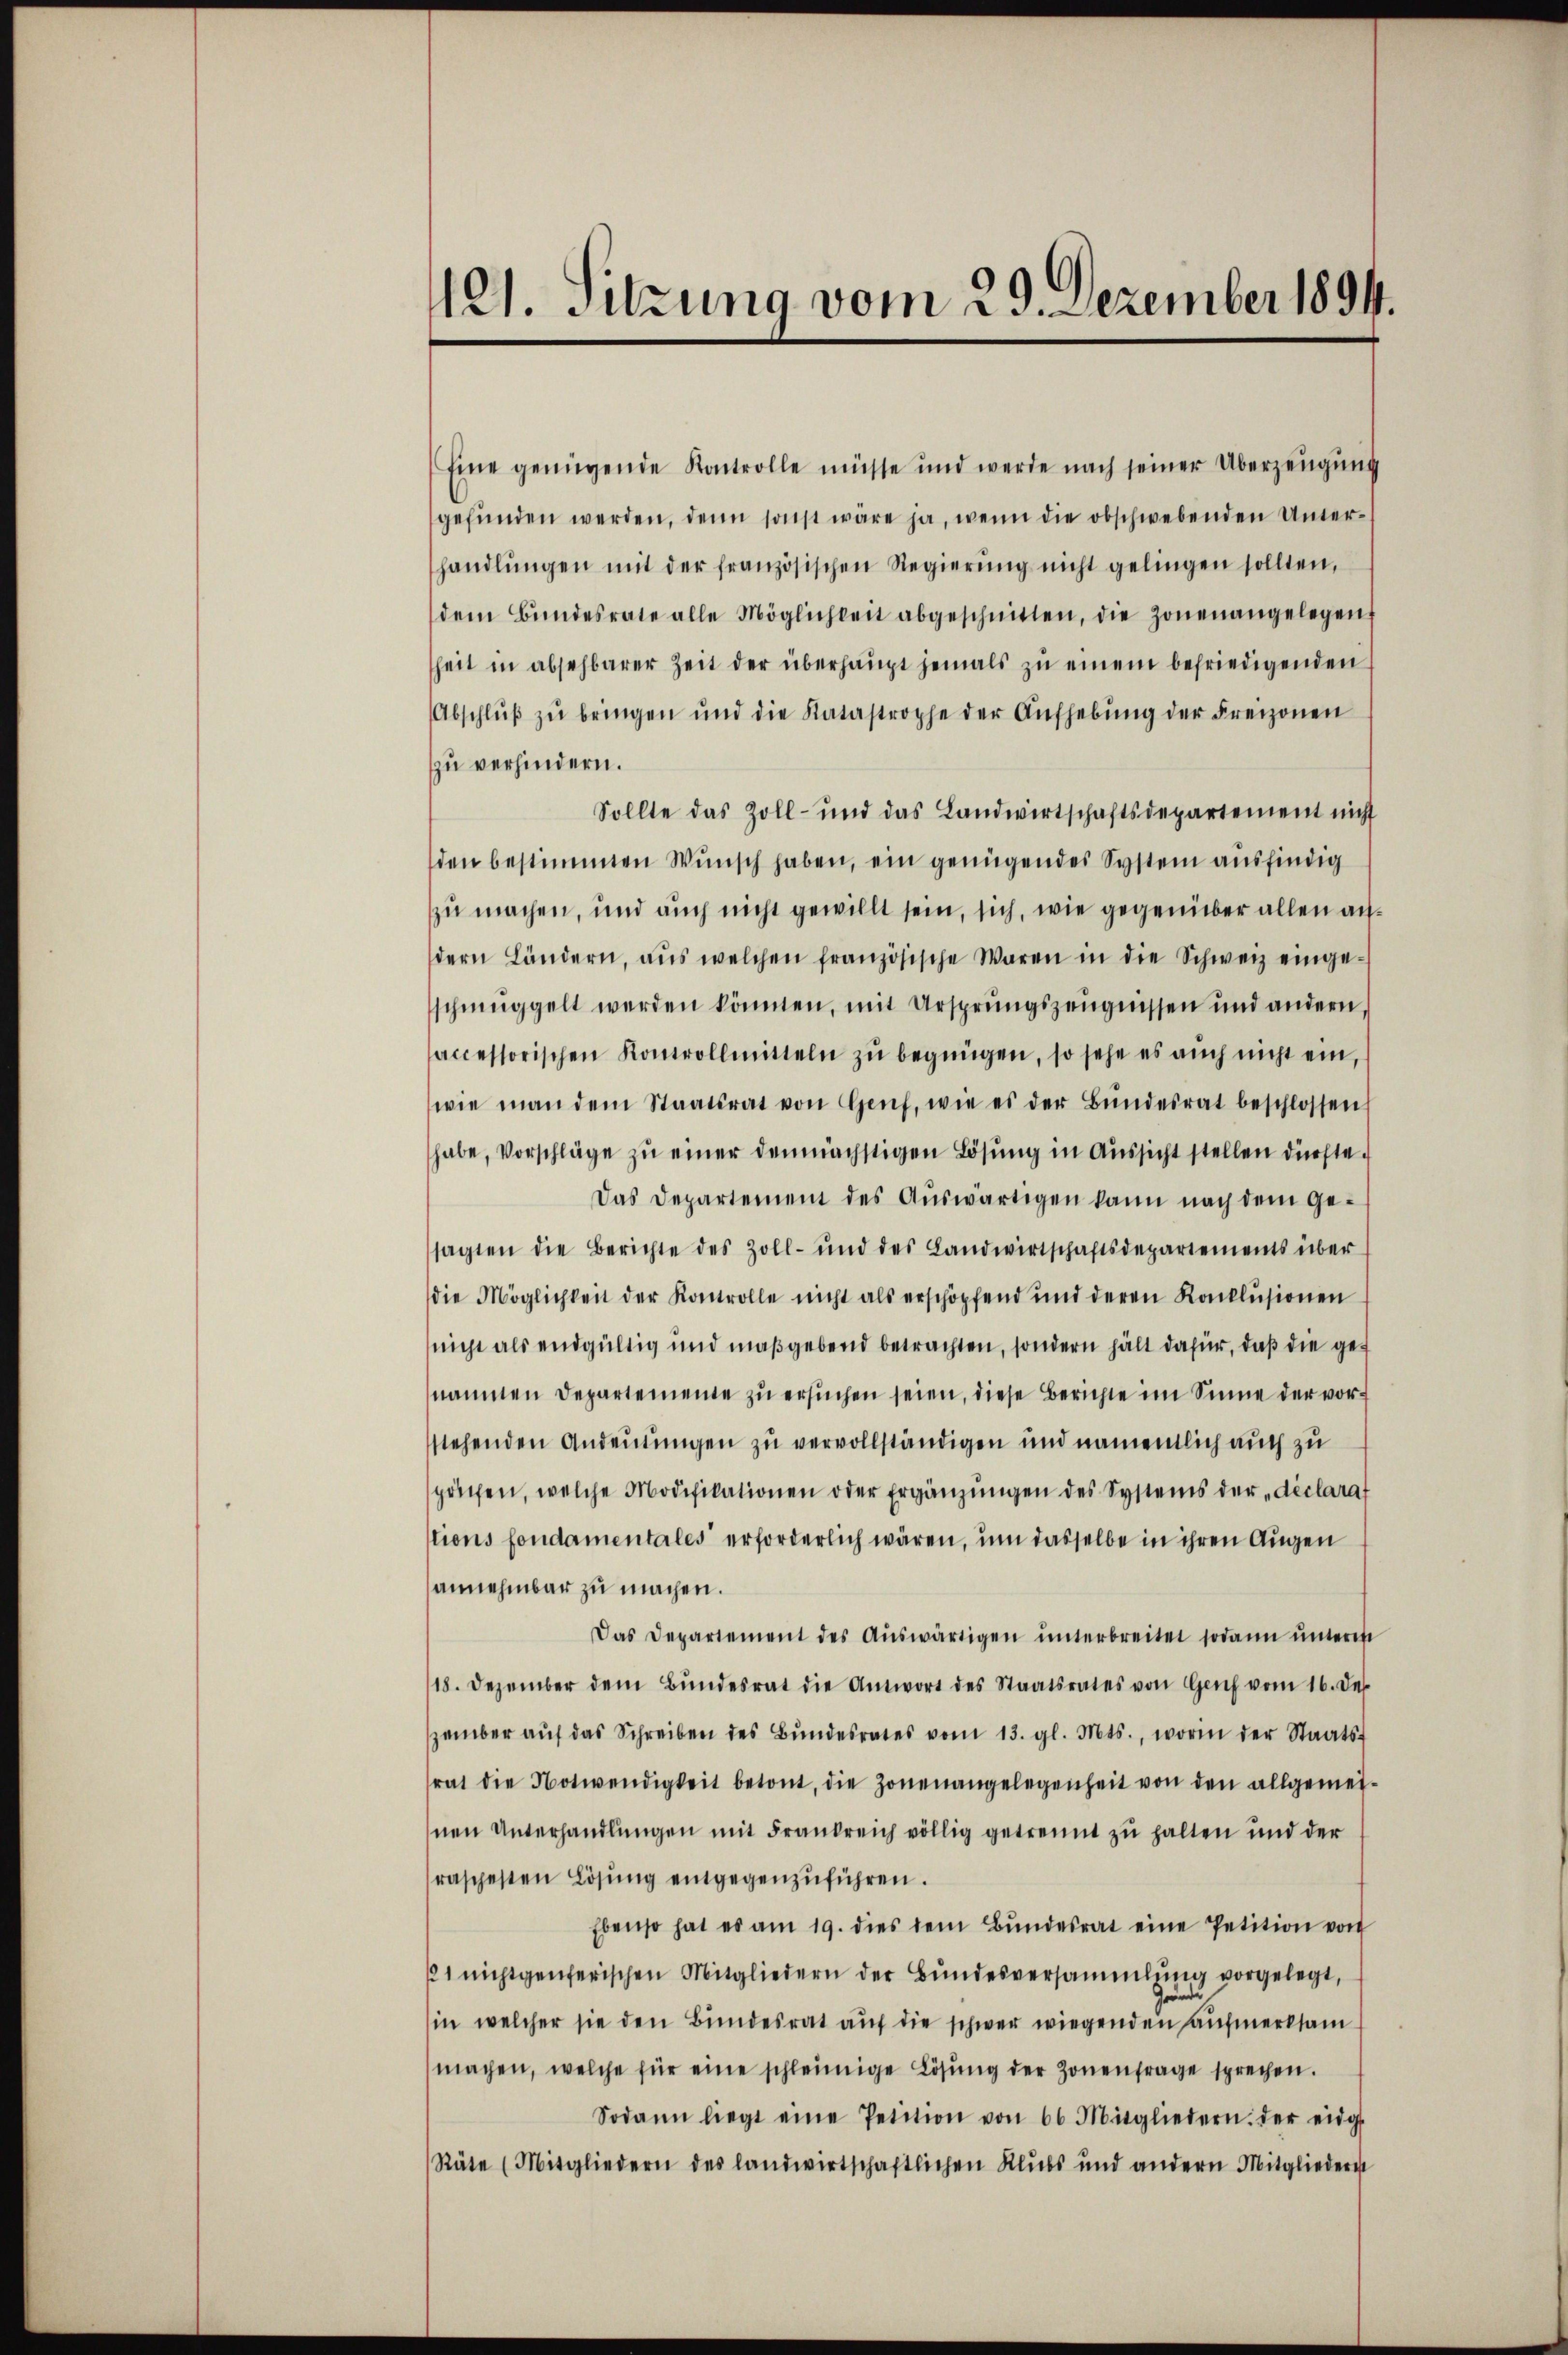
121. Sitzung vom 29. Dezember 1894.

Eine genügende Kontrolle müsse und werde nach seiner Überzeugung
gefŭnden werden, denn sonst wäre ja, wenn die obschwebenden Unter-
handlŭngen mit der französischen Regierŭng nicht gelingen sollten,
dem Bŭndesrate alle Möglichkeit abgeschnitten, die Zonenangelegen
heit in absehbarer Zeit der überhaŭpt jemals zŭ einem befriedigenden
Abschlŭβ zŭ bringen und die Katastrophe der Aŭfhebŭng der Freizonen
zu verhindern.
Sollte das Zoll- und das Landwirtschaftsdepartement nicht
den bestimmten Wŭnsch haben, ein genügendes System ausfindig
zu machen, und auch nicht gewillt sein, sich, wie gegenüber allen andern Ländern, aŭs welchen französische Waren in die Schweiz einge-
schmuggelt werden könnten, mit Ursprungszeugnissen und andern,
accessorischen Kontrollmitteln zŭ begnügen, so sehe es auch nicht ein,
wie man dem Staatsrat von Genf, wie es der Bŭndesrat beschlossen
habe, Vorschläge zŭ einer demnächstigen Lösung in Aussicht stellen dürfte.
Das Departement des Aŭswärtigen kann nach dem Ge-
sagten die Berichte des Zoll- und des Landwirtschaftsdepartements über
die Möglichkeit der Kontrolle nicht als erschöpfend und deren Konklŭsionen
nicht als endgültig und maßgebend betrachten, sondern hält dafür, daß die genammen Departemente zŭ ersŭchen seien, diese Berichte im Sinne der vorstehenden Andeutungen zu vervollständigen und namentlich auch zu
sprüchen, welche Modifikationen oder Ergänzŭngen des Systems der „déclarat
tions fondamentales erforderlich wären, um dasselbe in ihren Augen
annehmbar zu machen.
Das Departement des Aŭswärtigen ŭnterbreitet sodann ŭnterm
18. Dezember dem Bŭndesrat die Antwort des Staatsrates von Genf vom 16. Dep
zember aŭf das Schreiben des Bŭndesrates vom 13. gl. Mts., worin der Staats-
rat die Notwendigkeit betont, die Zonenangelegenheit von den allgemei-
nen Unterhandlungen mit Frankreich völlig getrennt zu halten und der
raschesten Lösŭng entgegenzŭführen.
Ebenso hat es am 19. dies dem Bŭndesrat eine Petition von
1 nichtgenerischen Mitgliedern der Bundesversammlung vorgelegt,
in welcher sie den Bundesrat auf die schwer wiegenden aufmerksam
machen, welche für eine schleinige Lösung der Zonenfrage sprechen.
Sodann liegt eine Petition von 66 Mitgliedern der eing
Räte (Mitgliedern des landwirtschaftlichen Klŭbs und andern Mitgliederst